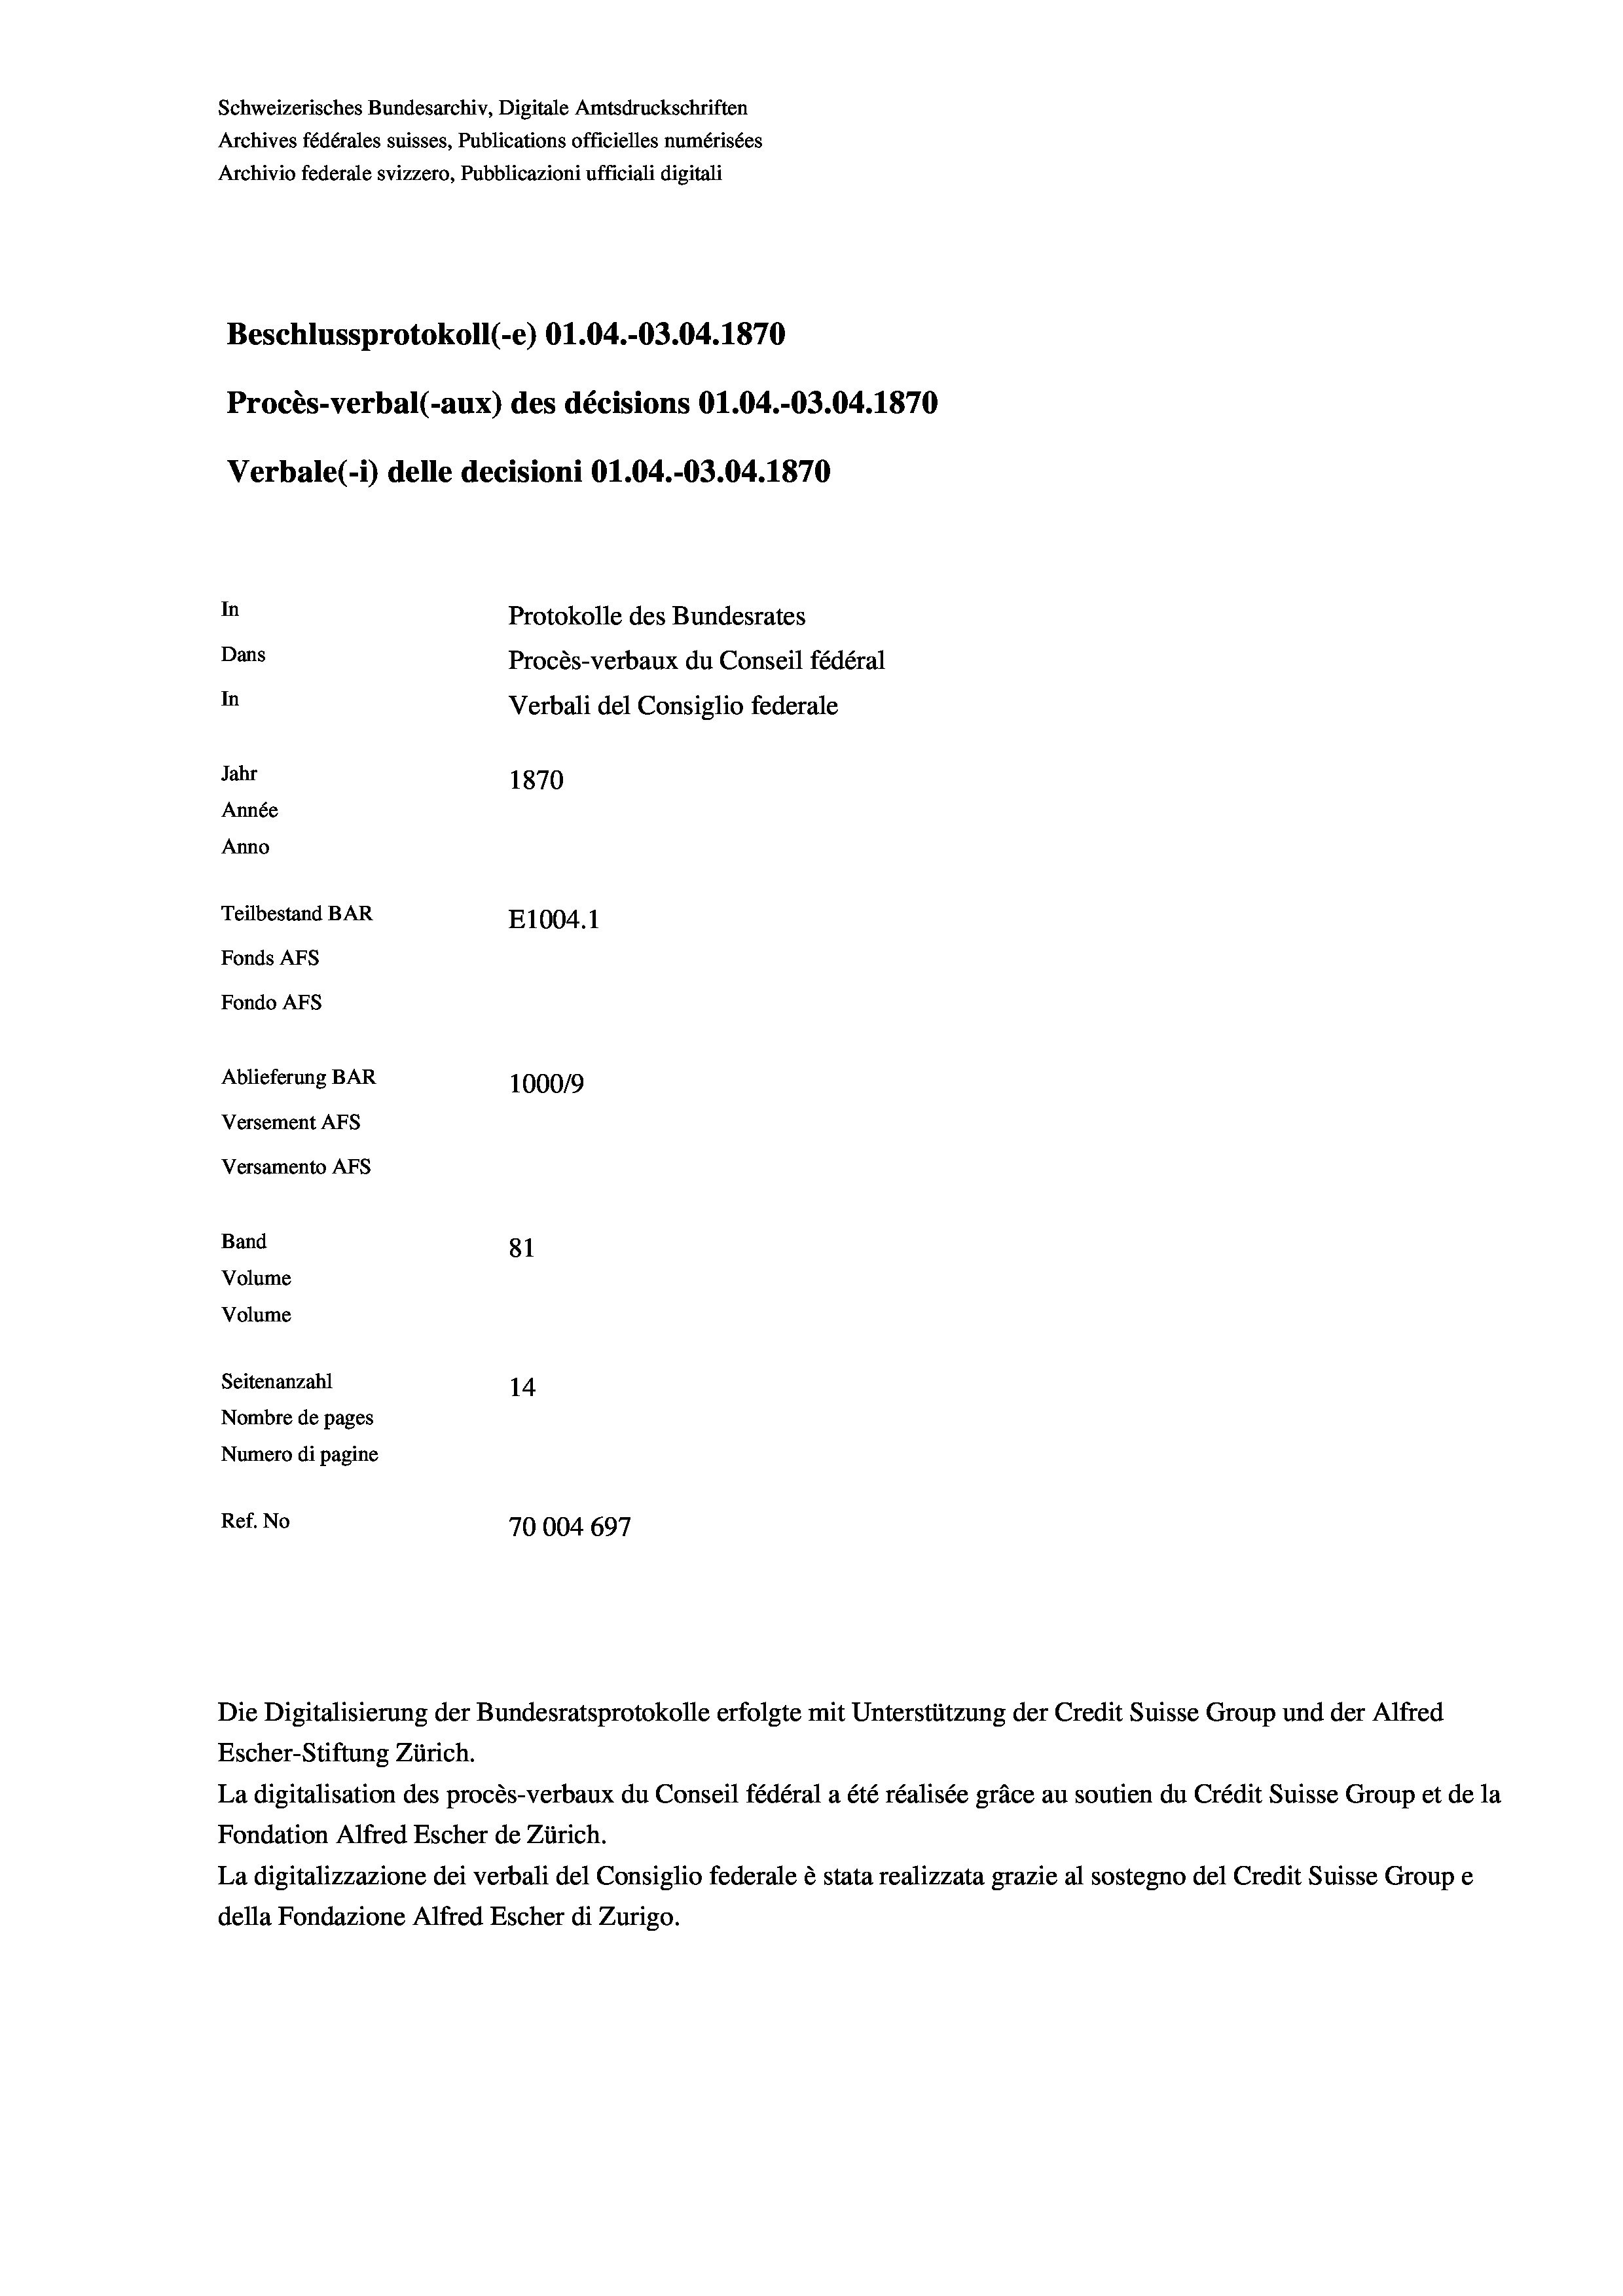
Schweizerisches Bundesarchiv, Digitale Amtsdruckschriften
Archives fédérales suisses, Publications officielles numérisées
Archivio federale svizzero, Pubblicazioni ufficiali digitali
Beschlussprotokoll (-e) O1.04.-03.04. 1870
Procès-verbal (-aux) des décisions O1.04.-03.04. 1870
Verbale(-*) delle decisioni O1.04.-03.04. 1870
In
Protokolle des Bundesrates
Dans
Procès-verbaux du Conseil fédéral
In
Verbali del Consiglio federale
Jahr
1870
Année
Anno
Teilbestand BAR
E1004. 1
Fonds AFs
Fondo AFS
Ablieferung BAR
100019
Versement AFs
Versamento AFs

81
14
Nombre de pages
Numero di pagine
Ref. No
70004 697

Band
Volume
Volume

Seitenanzahl

La digitalisation des procès-verbaux du Conseil fédéral a été réalisée gräce au soutien du Crédit Suisse Group et de la
Fondation Alfred Escher de Zürich.
La digitalizzazione dei verbali del Consiglio federale è stata realizzata grazie al sostegno del Credit Suisse Groupe
della Fondazione Alfred Escher di Zurigo.

Escher-Stiftung Zürich.

Die Digitalisierung der Bundesratsprotokolle erfolgte mit Unterstützung der Credit Suisse Group und der Alfred